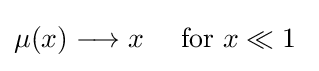
{\begin{aligned}\mu (x)\longrightarrow x&&{\text{ for }}x\ll 1\end{aligned}}~